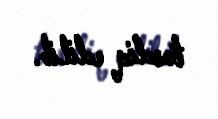
təsdiq edilib.